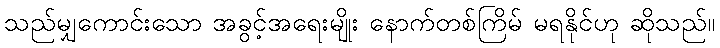
သည်မျှကောင်းသော အခွင့်အရေးမျိုး နောက်တစ်ကြိမ် မရနိုင်ဟု ဆိုသည်။